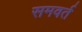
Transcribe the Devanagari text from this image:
समवर्त